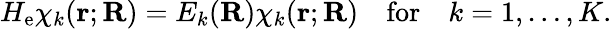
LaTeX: H_{\mathrm{e}}\chi_{k}(\mathbf{r};\mathbf{R})=E_{k}(\mathbf{R})\chi_{k}(\mathbf{r};\mathbf{R})\quad{\mathrm{for}}\quad k=1,\ldots,K.